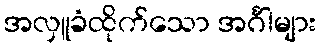
အလှူခံထိုက်သော အင်္ဂါများ